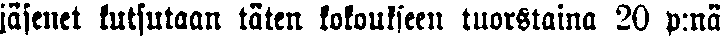
jäsenet kutsutaan täten kokoukseen tuorstaina 20 p:nä